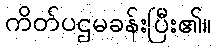
ကိတ်ပဌမခန်းပြီး၏။